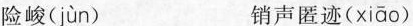
险峻( jùn ) 销声匿迹( xiāo )